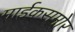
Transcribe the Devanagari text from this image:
माईकसमोर